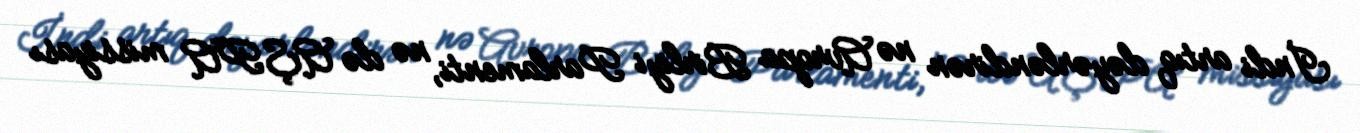
İndi artıq dəyərləndirən nə Avropa Birliyi Parlamenti, nə də AŞPA missiyası